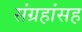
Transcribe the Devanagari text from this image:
संग्रहांसह